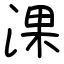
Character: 淉